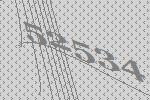
52534